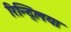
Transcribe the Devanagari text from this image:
रिन्द्लिया